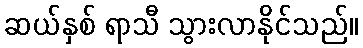
ဆယ်နှစ် ရာသီ သွားလာနိုင်သည်။